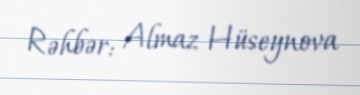
Rəhbər: Almaz Hüseynova